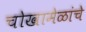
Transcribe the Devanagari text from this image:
चोखामेळांचे